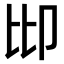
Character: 𠨒